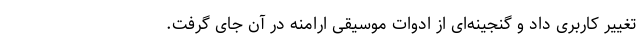
تغییر کاربری داد و گنجینه‌ای از ادوات موسیقی ارامنه در آن جای گرفت.